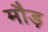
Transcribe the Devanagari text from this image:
मौड़